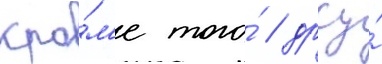
Кро́м'е того́ / дрсу́